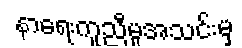
နာရေးကူညီမှုအသင်းမှ